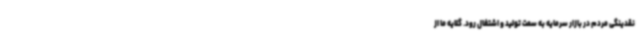
نقدینگی مردم در بازار سرمایه به سمت تولید و اشتغال رود. گلایه ما از